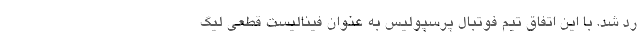
رد شد. با این اتفاق تیم فوتبال پرسپولیس به عنوان فینالیست قطعی لیگ